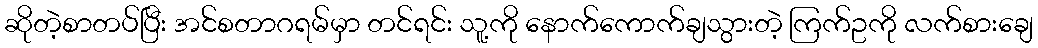
ဆိုတဲ့စာတပ်ပြီး အင်စတာဂရမ်မှာ တင်ရင်း သူ့ကို နောက်ကောက်ချသွားတဲ့ ကြက်ဥကို လက်စားချေ